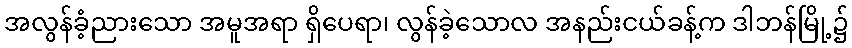
အလွန်ခံ့ညားသော အမူအရာ ရှိပေရာ၊ လွန်ခဲ့သောလ အနည်းငယ်ခန့်က ဒါဘန်မြို့၌